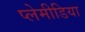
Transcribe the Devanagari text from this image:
प्लेमीडिया